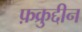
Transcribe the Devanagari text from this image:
फ़क्रुद्दीन